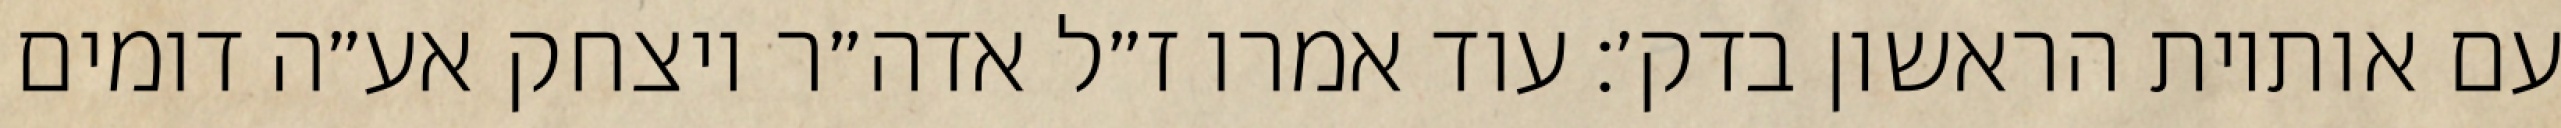
עם אותיות הראשון בדק׳: עוד אמרו ז״ל אדה״ר ויצחק אע״ה דומים